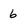
Character: 6